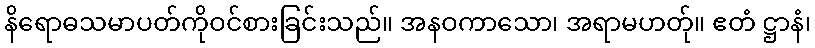
နိရောဓသမာပတ်ကိုဝင်စားခြင်းသည်။ အနဝကာသော၊ အရာမဟတ်ု။ ဧတံ ဋ္ဌာနံ၊